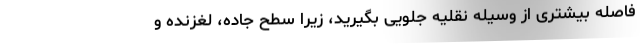
فاصله بیشتری از وسیله نقلیه جلویی بگیرید، زیرا سطح جاده، لغزنده و